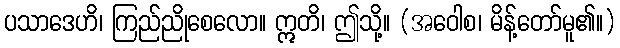
ပသာဒေဟိ၊ ကြည်ညိုစေလော။ ဣတိ၊ ဤသို့။ (အဝေါစ၊ မိန့်တော်မူ၏။)